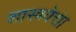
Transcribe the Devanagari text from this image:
शास्त्रवेत्ता